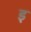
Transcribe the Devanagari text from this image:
इ